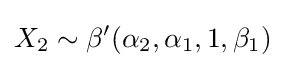
X_{2}\sim \beta '(\alpha _{2},\alpha _{1},1,\beta _{1})